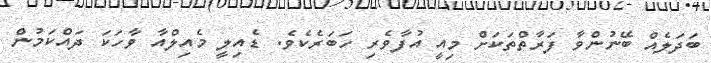
ބަދަލެއް ބޭނުންވާ ފަރާތްތަކަށް މިއީ އުފާވެރި ހަބަރެކެވެ. ޑެއިލީ މެއިލްއާ ވާހަކަ ދައްކަމުން